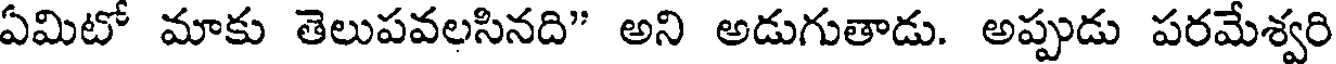
ఏమిటో మాకు తెలుపవలసినది" అని అడుగుతాడు. అప్పుడు పరమేశ్వరి